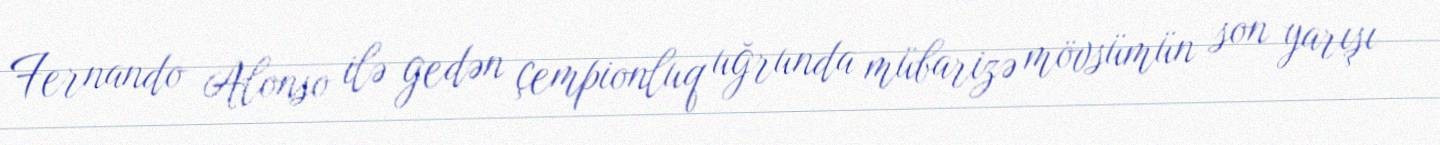
Fernando Alonso ilə gedən çempionluq uğrunda mübarizə mövsümün son yarışı